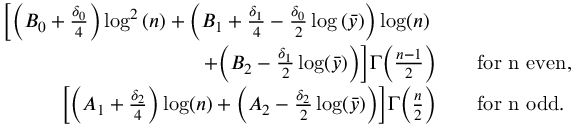
\begin{array} { r l } { \bigg [ \bigg ( B _ { 0 } + \frac { \delta _ { 0 } } { 4 } \bigg ) \log ^ { 2 } { ( n ) } + \bigg ( B _ { 1 } + \frac { \delta _ { 1 } } { 4 } - \frac { \delta _ { 0 } } { 2 } \log { ( \bar { y } ) } \bigg ) \log ( n ) \quad ~ } & { } \\ { + \bigg ( B _ { 2 } - \frac { \delta _ { 1 } } { 2 } \log ( \bar { y } ) \bigg ) \bigg ] \Gamma \Big ( \frac { n - 1 } { 2 } \Big ) \quad } & { \mathrm { f o r ~ n ~ e v e n } , } \\ { \bigg [ \bigg ( A _ { 1 } + \frac { \delta _ { 2 } } { 4 } \bigg ) \log ( n ) + \bigg ( A _ { 2 } - \frac { \delta _ { 2 } } { 2 } \log ( \bar { y } ) \bigg ) \bigg ] \Gamma \Big ( \frac { n } { 2 } \Big ) \quad } & { \mathrm { f o r ~ n ~ o d d } . } \end{array}